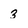
Character: 3